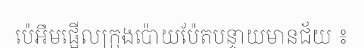
ប៉េអឹមផ្អើលក្រុងប៉ោយប៉ែតបន្ទាយមានជ័យ ៖